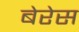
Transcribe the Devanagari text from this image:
बेरेस